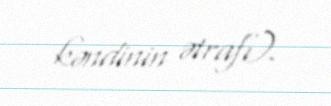
kəndinin ətrafı).